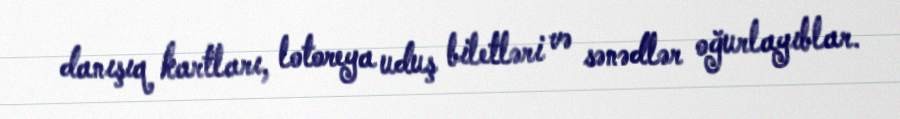
danışıq kartları, lotoreya uduş biletləri və sənədlər oğurlayıblar.